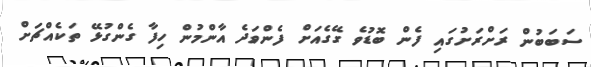
ސަބަބުން ރަށްރަށުގައި ފެން ބޮޑުވެ ގޭގެއަށް ފެންވަދެ އާންމުން ހިފާ ގެންގުޅޭ ތަކެއްޗަށް